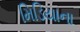
મિડિયાના